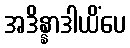
အဒိန္နာဒါယိံပေ